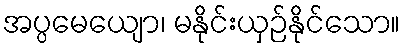
အပ္ပမေယျော၊ မနိုင်းယှဉ်နိုင်သော။